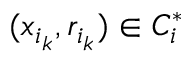
( x _ { i _ { k } } , r _ { i _ { k } } ) \in C _ { i } ^ { * }